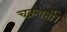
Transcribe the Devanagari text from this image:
चक्रवर्ती।